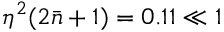
\eta ^ { 2 } ( 2 \bar { n } + 1 ) = 0 . 1 1 \ll 1